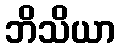
ဘိသိယာ